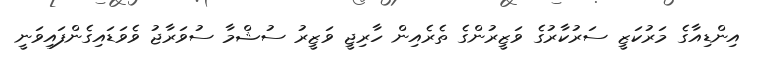
އިންޑިއާގެ މަރުކަޒީ ސަރުކާރުގެ ވަޒީރުންގެ ތެރެއިން ހާރިޖީ ވަޒީރު ސުޝްމާ ސުވަރާޖު ވެވަޑައިގެންފައިވަނީ